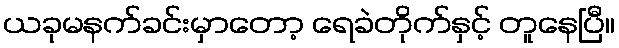
ယခုမနက်ခင်းမှာတော့ ရေခဲတိုက်နှင့် တူနေပြီ။